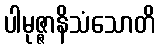
ပါမုဇ္ဇာနိသံသောတိ